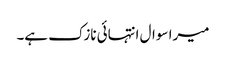
میرا سوال انتہائی نازک ہے۔